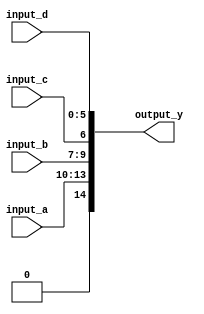
module ConcatenationContinuousAssignment (
    input wire [3:0] input_a,  // 4-bit input
    input wire [2:0] input_b,  // 3-bit input
    input wire        input_c,  // 1-bit input
    input wire [5:0] input_d,  // 6-bit input
    output wire [14:0] output_y // 15-bit output (4 + 3 + 1 + 6 = 14)
);

// Continuous assignment to concatenate inputs
assign output_y = {input_a, input_b, input_c, input_d};

endmodule